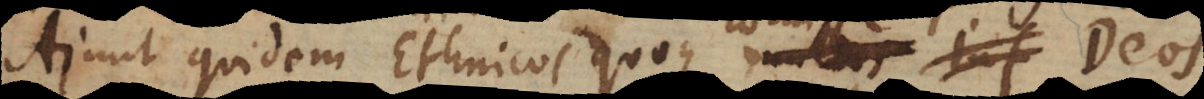
Ajunt quidem Ethnicos quoque multos